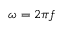
\omega = 2 \pi f